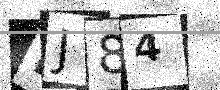
Text: MJ84